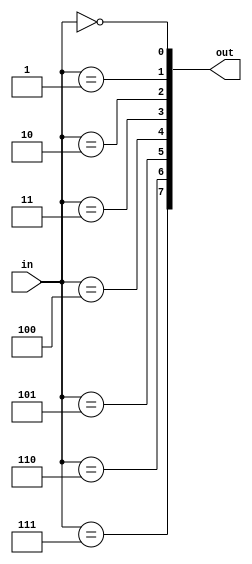
module dec_3to8 (
    input  wire [2:0] in,
    output wire [7:0] out
);

    assign out[0] = in == 3'b000;
    assign out[1] = in == 3'b001;
    assign out[2] = in == 3'b010;
    assign out[3] = in == 3'b011;
    assign out[4] = in == 3'b100;
    assign out[5] = in == 3'b101;
    assign out[6] = in == 3'b110;
    assign out[7] = in == 3'b111;

endmodule